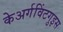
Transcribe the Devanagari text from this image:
केअर्गविंटगुइस